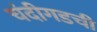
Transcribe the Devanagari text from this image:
चंदीगडची